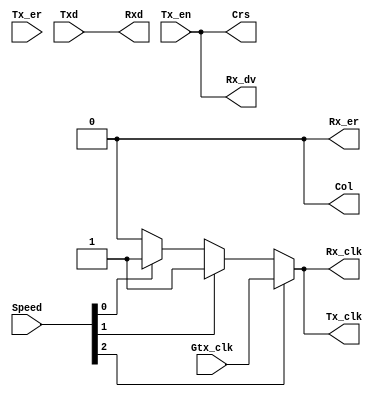
module Phy_sim (
input			Gtx_clk					,//used only in GMII mode
output			Rx_clk					,
output			Tx_clk					,//used only in MII mode
input			Tx_er					,
input			Tx_en					,
input	[7:0]	Txd						,
output			Rx_er					,
output			Rx_dv					,
output 	[7:0]	Rxd						,
output			Crs						,
output			Col						,
input	[2:0]	Speed				
);
//////////////////////////////////////////////////////////////////////
// this file used to simulate Phy.
// generate clk and loop the Tx data to Rx data
// full duplex mode can be verified on loop mode.
//////////////////////////////////////////////////////////////////////
//////////////////////////////////////////////////////////////////////
// internal signals
//////////////////////////////////////////////////////////////////////
reg				Clk_25m			;//used for 100 Mbps mode
reg				Clk_2_5m		;//used for 10 Mbps mode
wire			Rx_clk			;
wire			Tx_clk			;//used only in MII mode
//////////////////////////////////////////////////////////////////////
always 
	begin
	#20		Clk_25m=0;
	#20		Clk_25m=1;
	end
	
always  
	begin
	#200	Clk_2_5m=0;
	#200	Clk_2_5m=1;
	end   

assign 	Rx_clk=Speed[2]?Gtx_clk:Speed[1]?Clk_25m:Speed[0]?Clk_2_5m:0;        
assign 	Tx_clk=Speed[2]?Gtx_clk:Speed[1]?Clk_25m:Speed[0]?Clk_2_5m:0;
	
assign	Rx_dv	=Tx_en	;
assign	Rxd		=Txd	;
assign	Rx_er	=0		;
assign	Crs    	=Tx_en	;
assign  Col		=0		;

endmodule